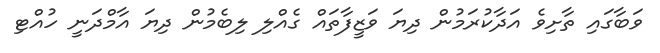
ވަބާގައި ތާށިވެ އަދާކުރަމުން ދިޔަ ވަޒީފާތައް ގެއްލި ލިބެމުން ދިޔަ އާމްދަނީ ހުއްޓި